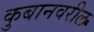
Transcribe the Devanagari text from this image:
कुबानवरील